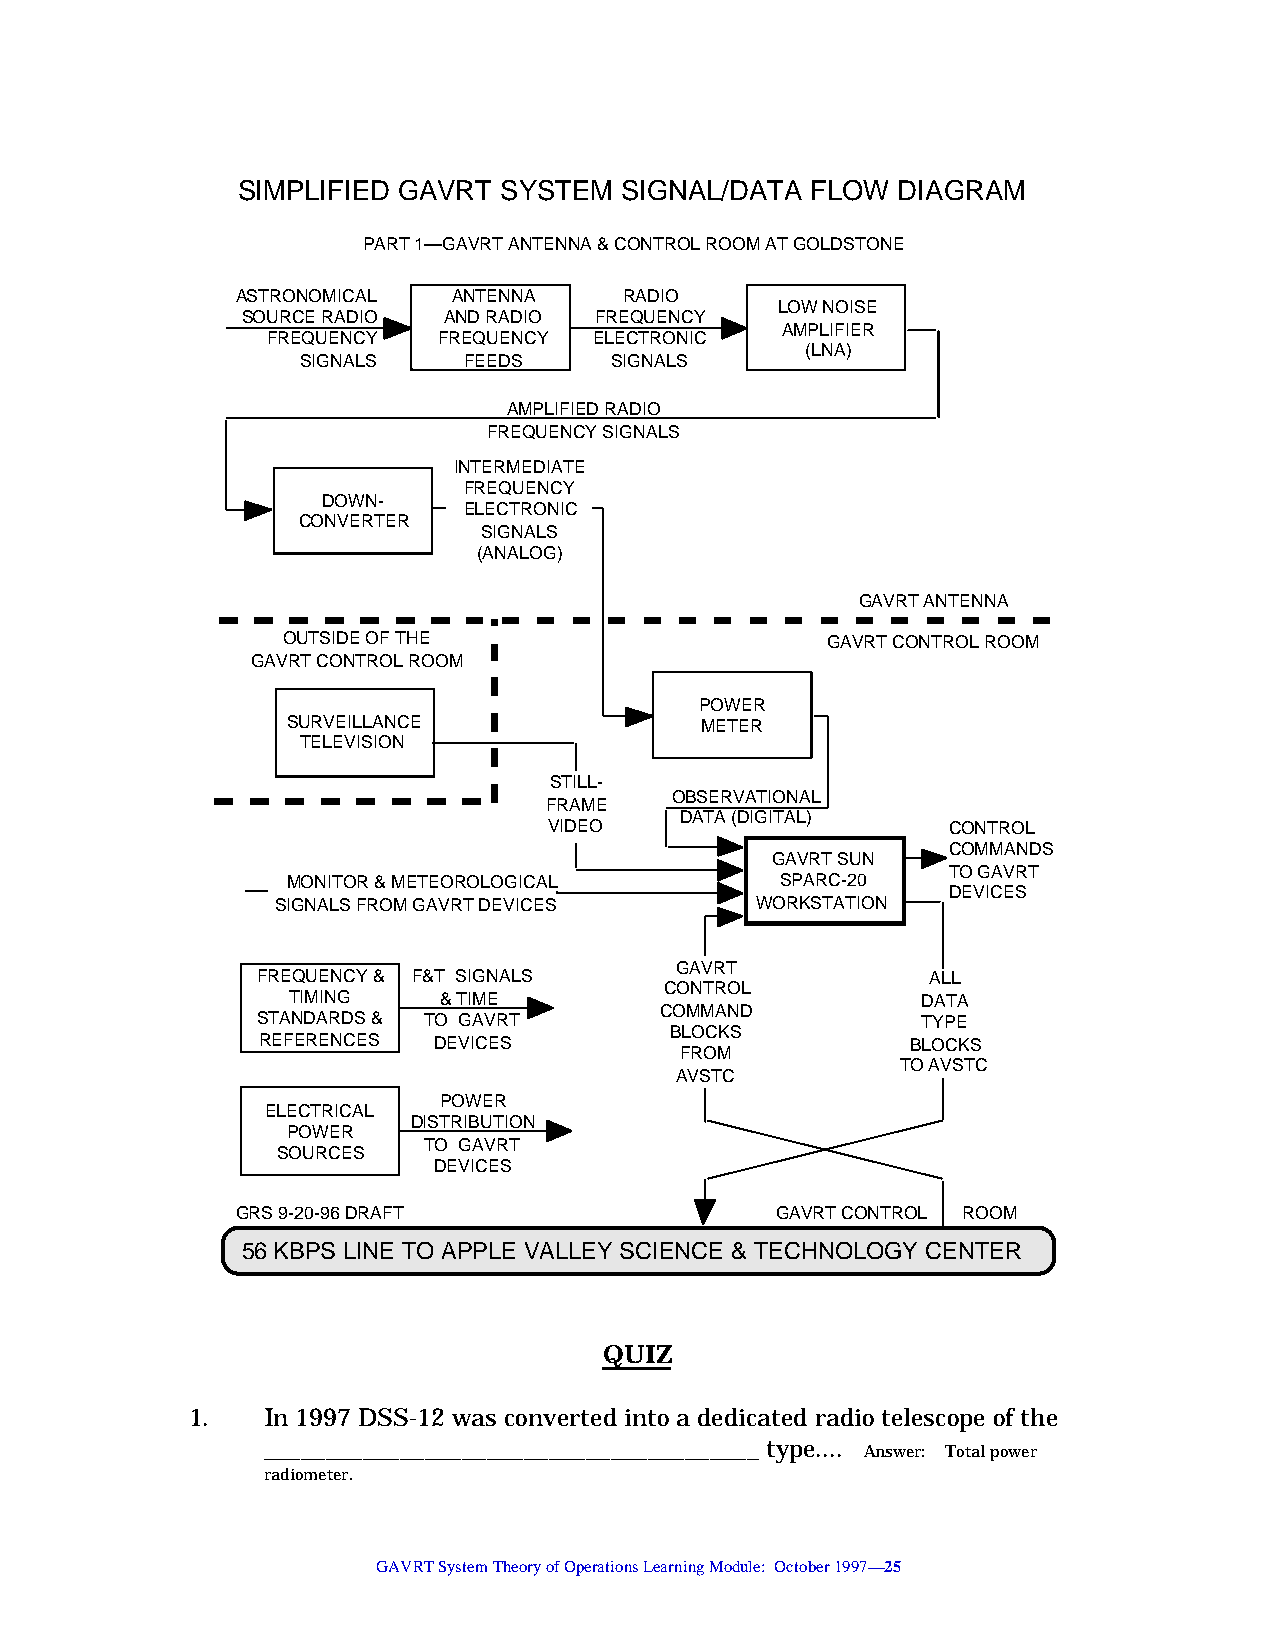
SIMPLIFIED GAVRT SYSTEM  SIGNAL/DATA  FLOW DIAGRAM
 PART 1—GAVRT ANTENNA & CONTROL ROOM AT GOLDSTONE
 ASTRONOMICAL  ANTENNA    RADIO
 LOW NOISE
 SOURCE RADIO AND RADIO FREQUENCY
 AMPLIFIER
 FREQUENCY  FREQUENCY ELECTRONIC
 (LNA)
 SIGNALS    FEEDS    SIGNALS
 AMPLIFIED RADIO
 FREQUENCY SIGNALS
 INTERMEDIATE
 FREQUENCY
 DOWN-
 ELECTRONIC
 CONVERTER
 SIGNALS
 (ANALOG)
 GAVRT ANTENNA
 OUTSIDE OF THE                      GAVRT CONTROL ROOM
 GAVRT CONTROL ROOM
 POWER
 SURVEILLANCE               METER
 TELEVISION
 STILL-
 OBSERVATIONAL
 FRAME
 DATA (DIGITAL)
 VIDEO                      CONTROL
 COMMANDS
 GAVRT SUN
 TO GAVRT
 MONITOR & METEOROLOGICAL         SPARC-20
 DEVICES
 SIGNALS FROM GAVRT DEVICES      WORKSTATION
 GAVRT
 FREQUENCY & F&T SIGNALS                      ALL
 CONTROL
 TIMING    & TIME                          DATA
 COMMAND
 STANDARDS & TO GAVRT                        TYPE
 BLOCKS
 REFERENCES  DEVICES                        BLOCKS
 FROM
 TO AVSTC
 AVSTC
 POWER
 ELECTRICAL
 DISTRIBUTION
 POWER
 TO GAVRT
 SOURCES
 DEVICES
 GRS 9-20-96 DRAFT                  GAVRT CONTROL ROOM
 56 KBPS LINE TO APPLE VALLEY SCIENCE & TECHNOLOGY CENTER
 QUIZ
 1.   In 1997 DSS-12 was converted into a dedicated radio telescope of the
 ________________________________________ type.... Answer: Total power
 radiometer.
 GAVRT System Theory of Operations Learning Module: October 1997—25